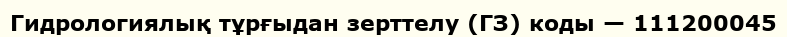
Гидрологиялық тұрғыдан зерттелу (ГЗ) коды — 111200045